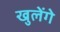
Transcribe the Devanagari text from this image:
खुलेंगे